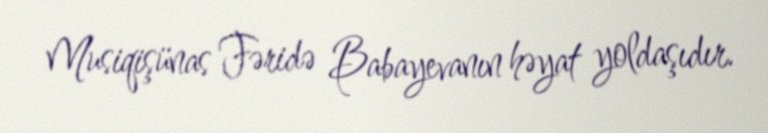
Musiqişünas Fəridə Babayevanın həyat yoldaşıdır.